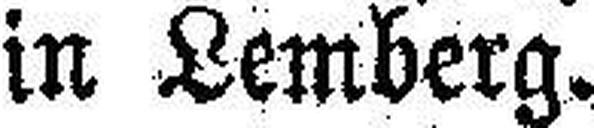
in Lemberg.